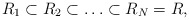
\begin{align*}R_1 \subset R_2 \subset \ldots \subset R_N= R,\end{align*}